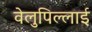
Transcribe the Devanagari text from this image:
वेलुपिल्लाई